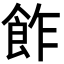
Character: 飵